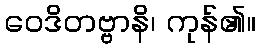
ဝေဒိတဗ္ဗာနိ၊ ကုန်၏။